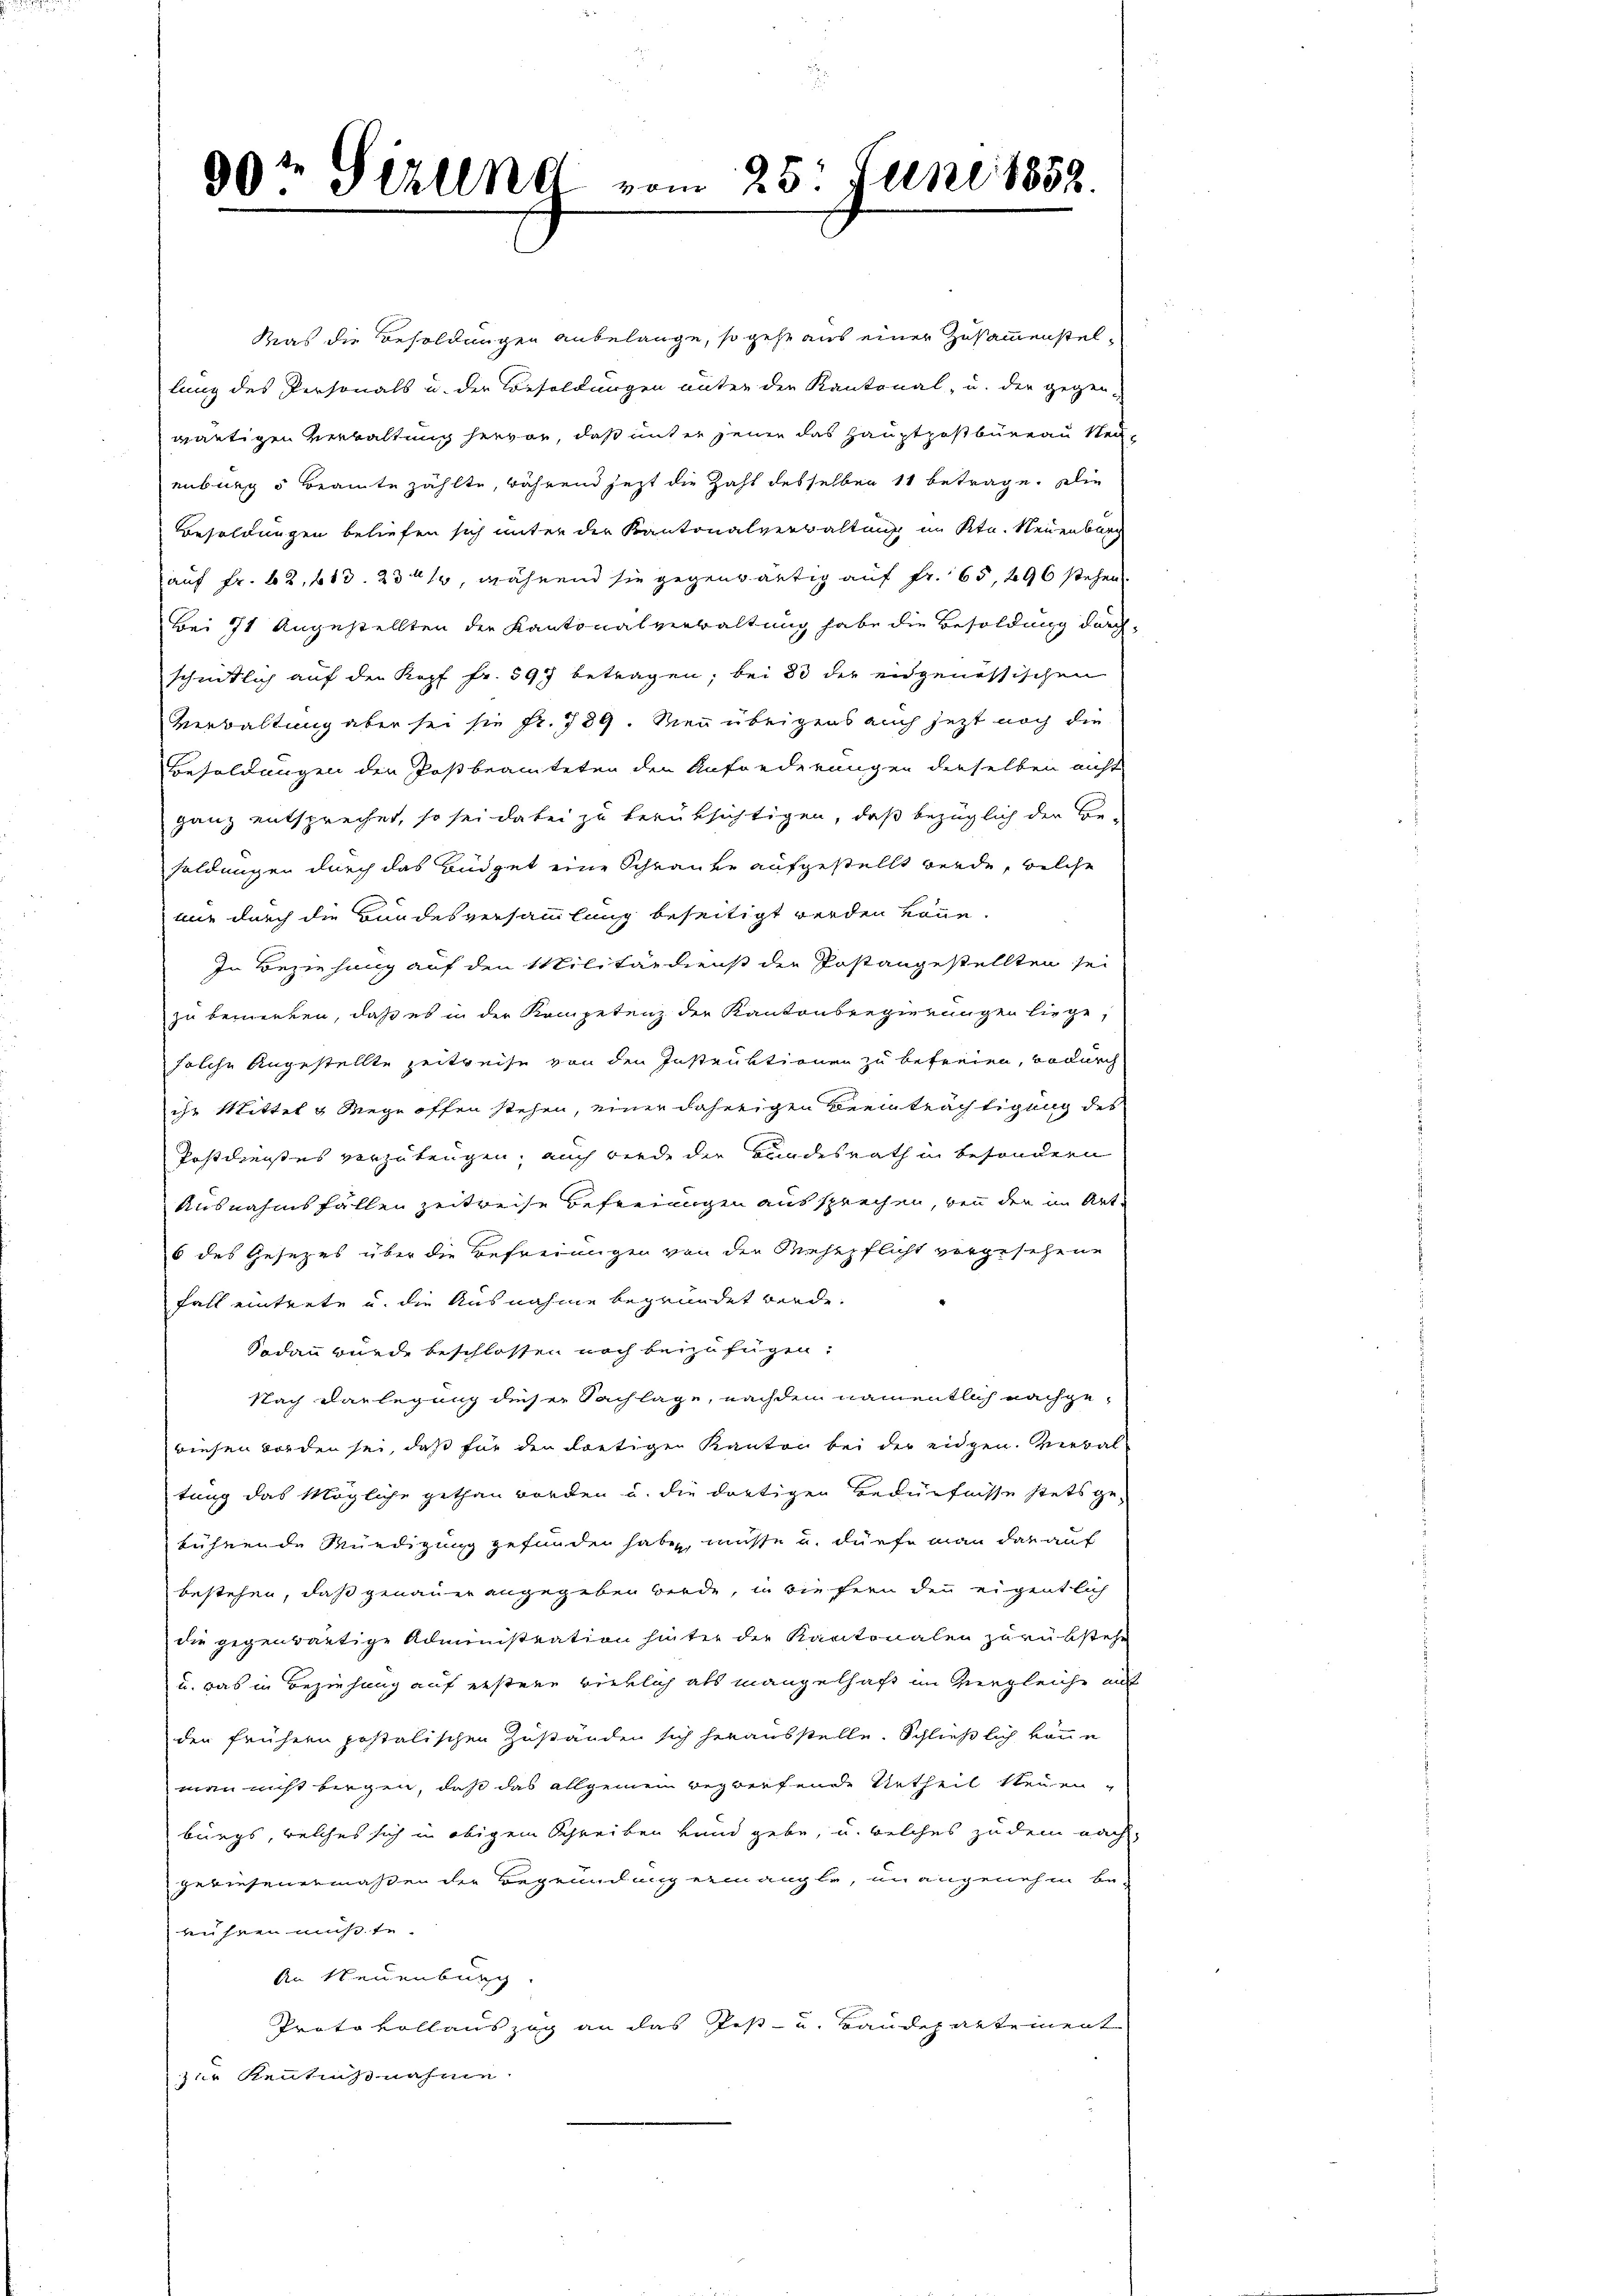
90te Sizung

Was die Besoldungen anbelange, so gehe aus einer Zusammenstel-
lung des Personals u. der Besoldungen unter der Kantonal- u. der gegen-
wärtigen Verwaltung hervor, daß mit er jenen das Hauptpostbüreau Neuenburg 5 Beamte zählte, während jetzt die Zahl desselben 11 betrage. Die
Besoldungen beliefen sich unter der Kantonalverwaltung im Ktn. Neuenburg
auf Fr. 62, 683. 2341, während sie gegenwärtig auf Fr. 65, 296 stehen.
Bei 71 Angestellten der Kantonalverwaltung habe die Besoldung durch
scheitlich auf den Kopf fr. 597 betragen; bei 33 der eidgenössischen
Verwaltung aber sei sie fr. 789. Neu übrigens auch jetzt noch die
Besoldungen den Postbeamteten den Anforderungen derselben nicht
ganz entsprechet, so sei dabei zu berüksichtigen, daß bezüglich der Be-
soldungen durch das Büdget eine Schranke aufgestellt werde, welche
nur durch die Bundesversammlung beseitigt werden könne.
In Beziehung auf den Militärdienst der Postangestellten sei
zu bemerken, daß es in der Kompetenz der Kantonsregierungen liege,
solche Angestellte zeitweise von den Instruktionen zu befreien, wodurch
ihr Mittel & Wege offen stehen, einer daherigen Beeinträchtigung der
Postdienstes vorzubeugen, auch werde die Bundesrath in besondern
Ausnahmsfällen zeitreise Befreiungen aussprechen, bei der im Art.
6 des Gesezes über die Befreiungen von den Rechtpflicht vergesehene
Fall eintrete u. die Ausnahme begründet werde.
Sodann wurde beschlossen noch beizufügen:
Nach Darlegung dieser Fachlage, nachdem namentlich nachgewiesen worden sei, daß für der dortigen Kanton bei der eidgen. Verbaltung das Mögliche gethan worden u. die dortigen Bedürfnisse stets ge-
kühnende Mündigung gefunden haben müsse u. dürfe man darauf
bestehen, daß genauer angegeben werde, in die fern den eigentlich
die gegenwärtige Administration hinter der Kantonalen zurükstehe
u. was in Beziehung auf ersten wirklich als mangelhaft im Vergleiche auf
den frühern postalischen Zuständen sich herausstelle. Schließlich könne
man nicht bergen, daß das allgemein begwerfende Urtheil seien,
burgs, welches sich in obigem Schreiben Hand gebe, u. welches zu dem nach-
gewiesenermaßen der Begründung ermangle, un angenehm be-
rühren mußte.
An Neuenburg.
Protokollauszug an das Post- u. Baudepartement
zur Kenntnißnahme.

vom 25. Juni 1858.